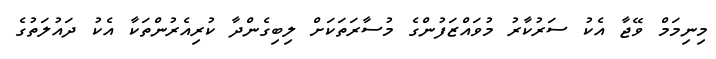
މިނިމަމް ވޭޖާ އެކު ސަރުކާރު މުވައްޒަފުންގެ މުސާރަތަކަށް ލިބިގެންދާ ކުރިއެރުންތަކާ އެކު ދައުލަތުގެ